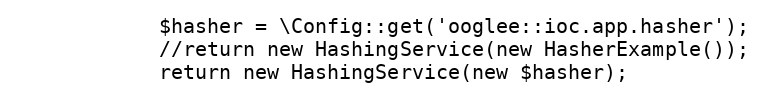
Language: PHP
            $hasher = \Config::get('ooglee::ioc.app.hasher');
            //return new HashingService(new HasherExample());
            return new HashingService(new $hasher);